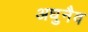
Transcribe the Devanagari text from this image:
अधुनैव